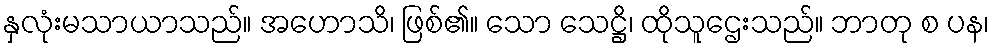
နှလုံးမသာယာသည်။ အဟောသိ၊ ဖြစ်၏။ သော သေဋ္ဌိ၊ ထိုသူဌေးသည်။ ဘာတု စ ပန၊